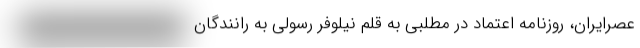
عصرایران، روزنامه اعتماد در مطلبی به قلم نیلوفر رسولی به رانندگان